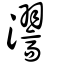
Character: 瀥